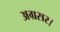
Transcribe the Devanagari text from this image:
अग्रसर।